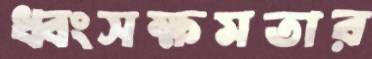
ধ্বংসক্ষমতার